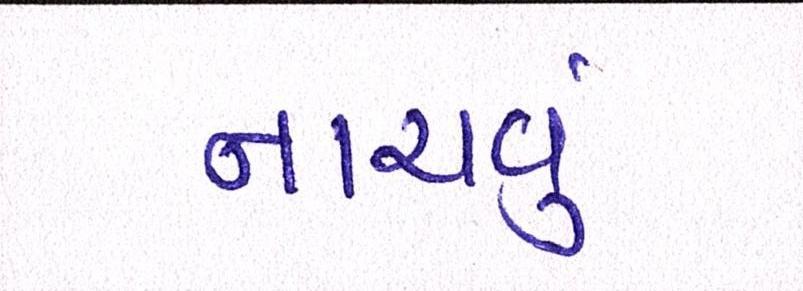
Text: નાચવું